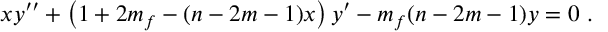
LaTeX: x y ^ { \prime \prime } + \left( 1 + 2 m _ { f } - ( n - 2 m - 1 ) x \right) y ^ { \prime } - m _ { f } ( n - 2 m - 1 ) y = 0 ~ .